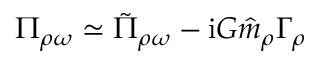
\Pi _ { \rho \omega } \simeq \tilde { \Pi } _ { \rho \omega } - \mathrm { i } G \hat { m } _ { \rho } \Gamma _ { \rho }